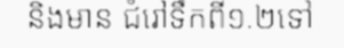
និងមាន ជំរៅទឹកពី១.២ទៅ